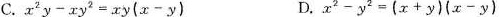
C.$$x^{2}y-xy^{2}=xy(x-y)$$ D.$$x^{2}-y^{2}=(x+y)(x-y)$$